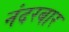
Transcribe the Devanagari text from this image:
नंदरबार